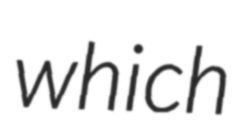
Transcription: which